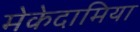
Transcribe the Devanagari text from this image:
मेकेदामिया